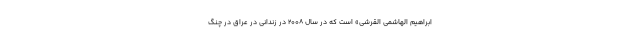
ابراهیم الهاشمی القرشی» است که در سال ۲۰۰۸ در زندانی در عراق در چنگ